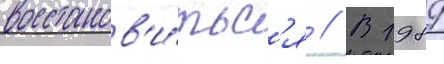
восстанов'и́тьс'я // В 1989